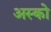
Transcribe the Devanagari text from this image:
अस्को